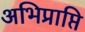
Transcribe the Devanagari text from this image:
अभिप्राप्ति